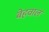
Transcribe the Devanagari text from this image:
बेहवाल